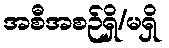
အစီအစဉ်ရှိ/မရှိ